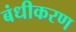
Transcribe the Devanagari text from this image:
बंधीकरण